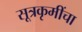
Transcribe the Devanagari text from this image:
सूत्रकृमींचा